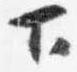
下